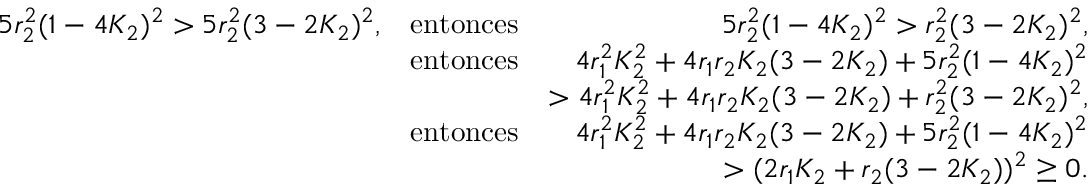
\begin{array} { r l r } { 5 r _ { 2 } ^ { 2 } ( 1 - 4 K _ { 2 } ) ^ { 2 } > 5 r _ { 2 } ^ { 2 } ( 3 - 2 K _ { 2 } ) ^ { 2 } , } & { \mathrm { e n t o n c e s } } & { 5 r _ { 2 } ^ { 2 } ( 1 - 4 K _ { 2 } ) ^ { 2 } > r _ { 2 } ^ { 2 } ( 3 - 2 K _ { 2 } ) ^ { 2 } , } \\ & { \mathrm { e n t o n c e s } } & { 4 r _ { 1 } ^ { 2 } K _ { 2 } ^ { 2 } + 4 r _ { 1 } r _ { 2 } K _ { 2 } ( 3 - 2 K _ { 2 } ) + 5 r _ { 2 } ^ { 2 } ( 1 - 4 K _ { 2 } ) ^ { 2 } } \\ & { } & { > 4 r _ { 1 } ^ { 2 } K _ { 2 } ^ { 2 } + 4 r _ { 1 } r _ { 2 } K _ { 2 } ( 3 - 2 K _ { 2 } ) + r _ { 2 } ^ { 2 } ( 3 - 2 K _ { 2 } ) ^ { 2 } , } \\ & { \mathrm { e n t o n c e s } } & { 4 r _ { 1 } ^ { 2 } K _ { 2 } ^ { 2 } + 4 r _ { 1 } r _ { 2 } K _ { 2 } ( 3 - 2 K _ { 2 } ) + 5 r _ { 2 } ^ { 2 } ( 1 - 4 K _ { 2 } ) ^ { 2 } } \\ & { } & { > ( 2 r _ { 1 } K _ { 2 } + r _ { 2 } ( 3 - 2 K _ { 2 } ) ) ^ { 2 } \geq 0 . } \end{array}